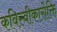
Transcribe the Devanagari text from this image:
कविस्वीकारोक्ति